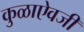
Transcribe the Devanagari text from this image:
कुळाऐवजी